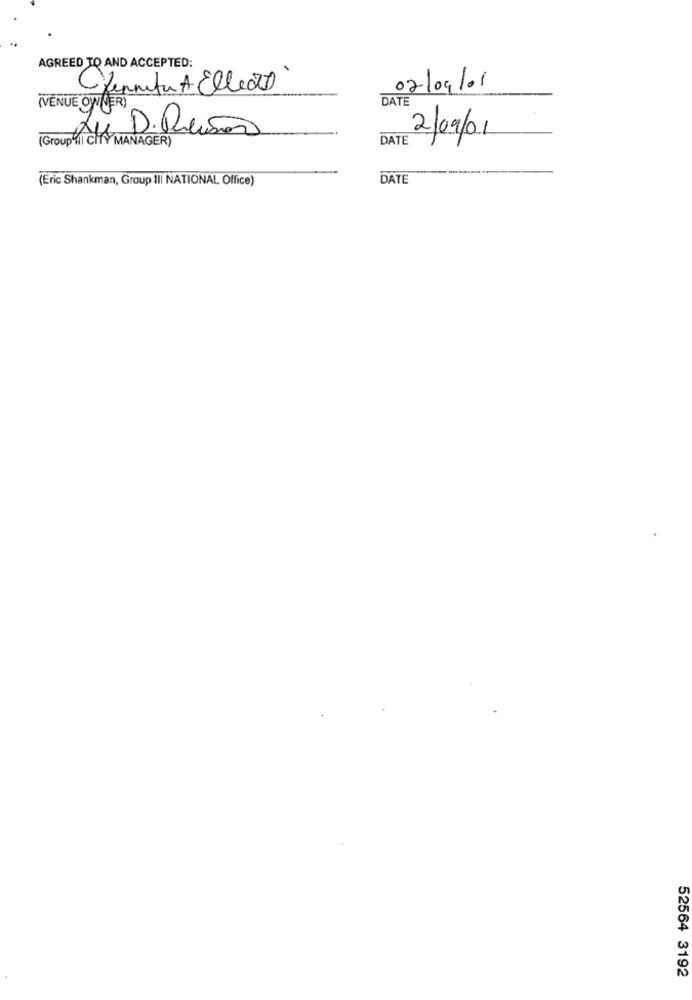
AGREED TO AND ACCEPTED:
Chernitu A Elleatt
02/09/01
DATE
(VENUE gy DER)
Zu D. Queisão
2/09/01
DATE
(Group ichTY MANAGER)
(Eric Shankman, Group III NATIONAL Office)
DATE
52564 3192